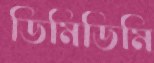
ডিমিডিমি